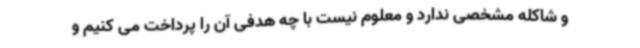
و شاکله مشخصی ندارد و معلوم نیست با چه هدفی آن را پرداخت می کنیم و